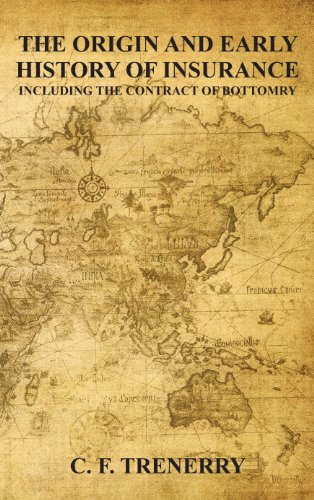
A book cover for The Origin and Early History of Insurance Including The Contract of Bottomry.; C.F. Trenerry; Law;